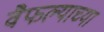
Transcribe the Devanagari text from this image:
वैफल्याच्या